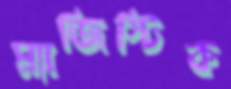
ম্যাজিস্টিক